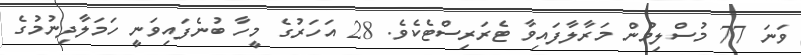
ވަނަ 77 މުސްލިމުން މަރާލާފައިވާ ޓެރަރިސްޓެކެވެ. 28 އަހަރުގެ މީހާ ބުނެފައިވަނީ ހަމަލާދިނުމުގެ